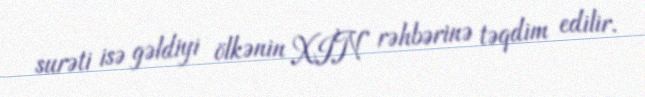
surəti isə gəldiyi ölkənin XİN rəhbərinə təqdim edilir.